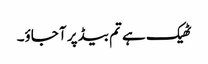
ٹھیک ہے تم بیڈ پر آ جاؤ۔